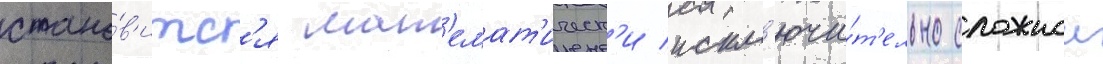
стано́в'итс'я мат'емат'ическ'и искл'ючи́т'ельно сложнои